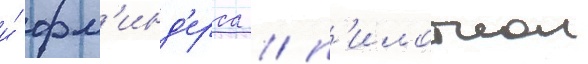
и́ фл'инд'ерса / п'илотнои